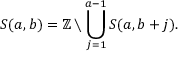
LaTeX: S ( a , b ) = \mathbb { Z } \setminus \bigcup _ { j = 1 } ^ { a - 1 } S ( a , b + j ) .